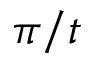
\pi / t